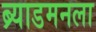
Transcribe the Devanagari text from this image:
ब्र्याडमनला